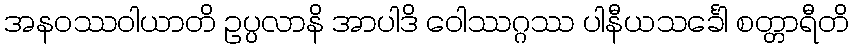
အနဝဿဝါယာတိ ဥပ္ပလာနိ အာပါဒိ ဝေါဿဂ္ဂဿ ပါနီယသင်္ခေါ စတ္တာရီတိ